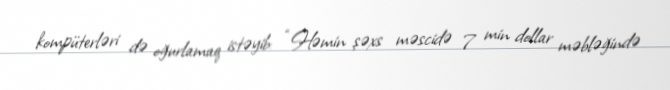
kompüterləri də oğurlamaq istəyib: “Həmin şəxs məscidə 7 min dollar məbləğində